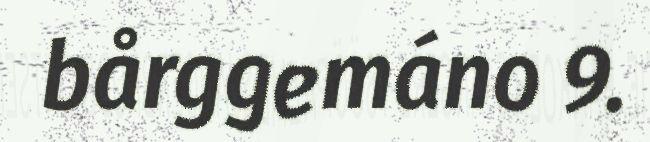
bårggemáno 9.